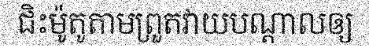
ជិះម៉ូតូតាមព្រួតវាយបណ្តាលឲ្យ